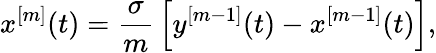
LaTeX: x^{[m]}(t)=\frac{\sigma}{m}\, \left[y^{[m-1]}(t)-x^{[m-1]}(t)\right],